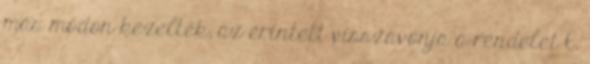
más módon kezelték; az érintett visszavonja a rendelet 6.